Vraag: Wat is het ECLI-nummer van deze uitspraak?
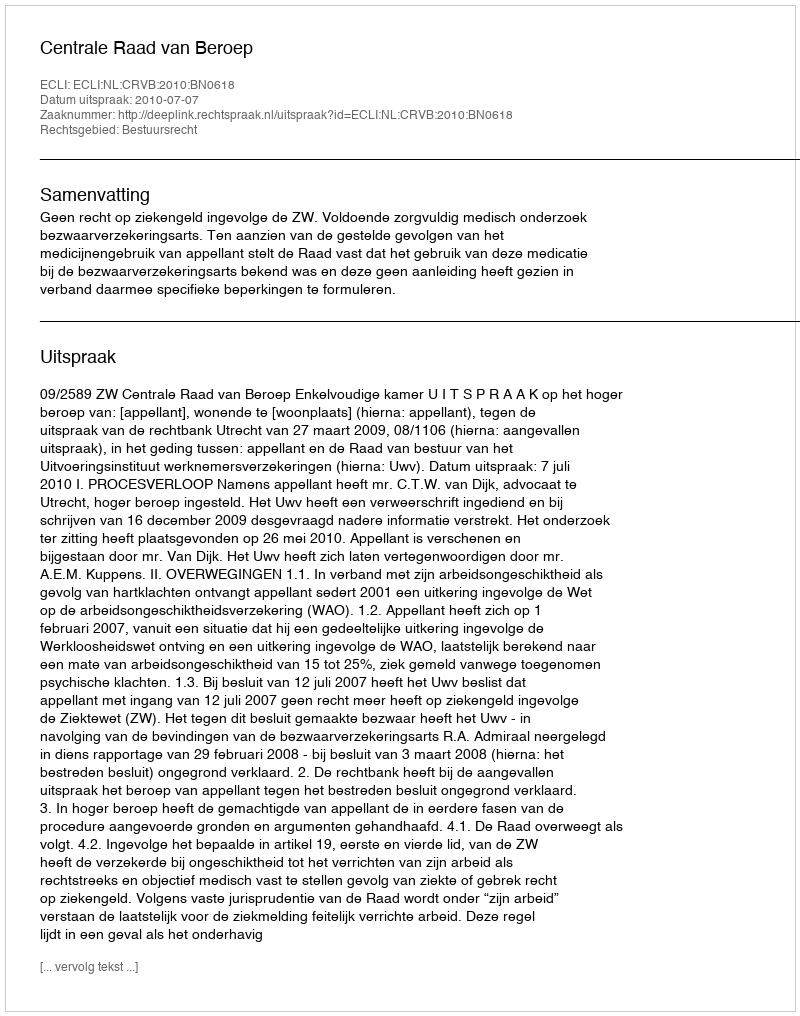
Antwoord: ECLI:NL:CRVB:2010:BN0618